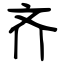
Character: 齐